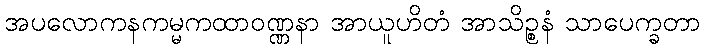
အပလောကနကမ္မကထာဝဏ္ဏနာ အာယူဟိတံ အာသိဉ္စနံ သာပေက္ခတာ